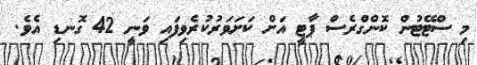
މި ސްޓޭޓުން ކޮންގްރެސް ޕާޓީ އަށް ކަށަވަރުކުރެވިފައި ވަނީ 42 ގޮނޑި އެވެ.